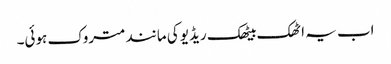
اب یہ اٹھک بیٹھک ریڈیو کی مانند متروک ہوئی۔